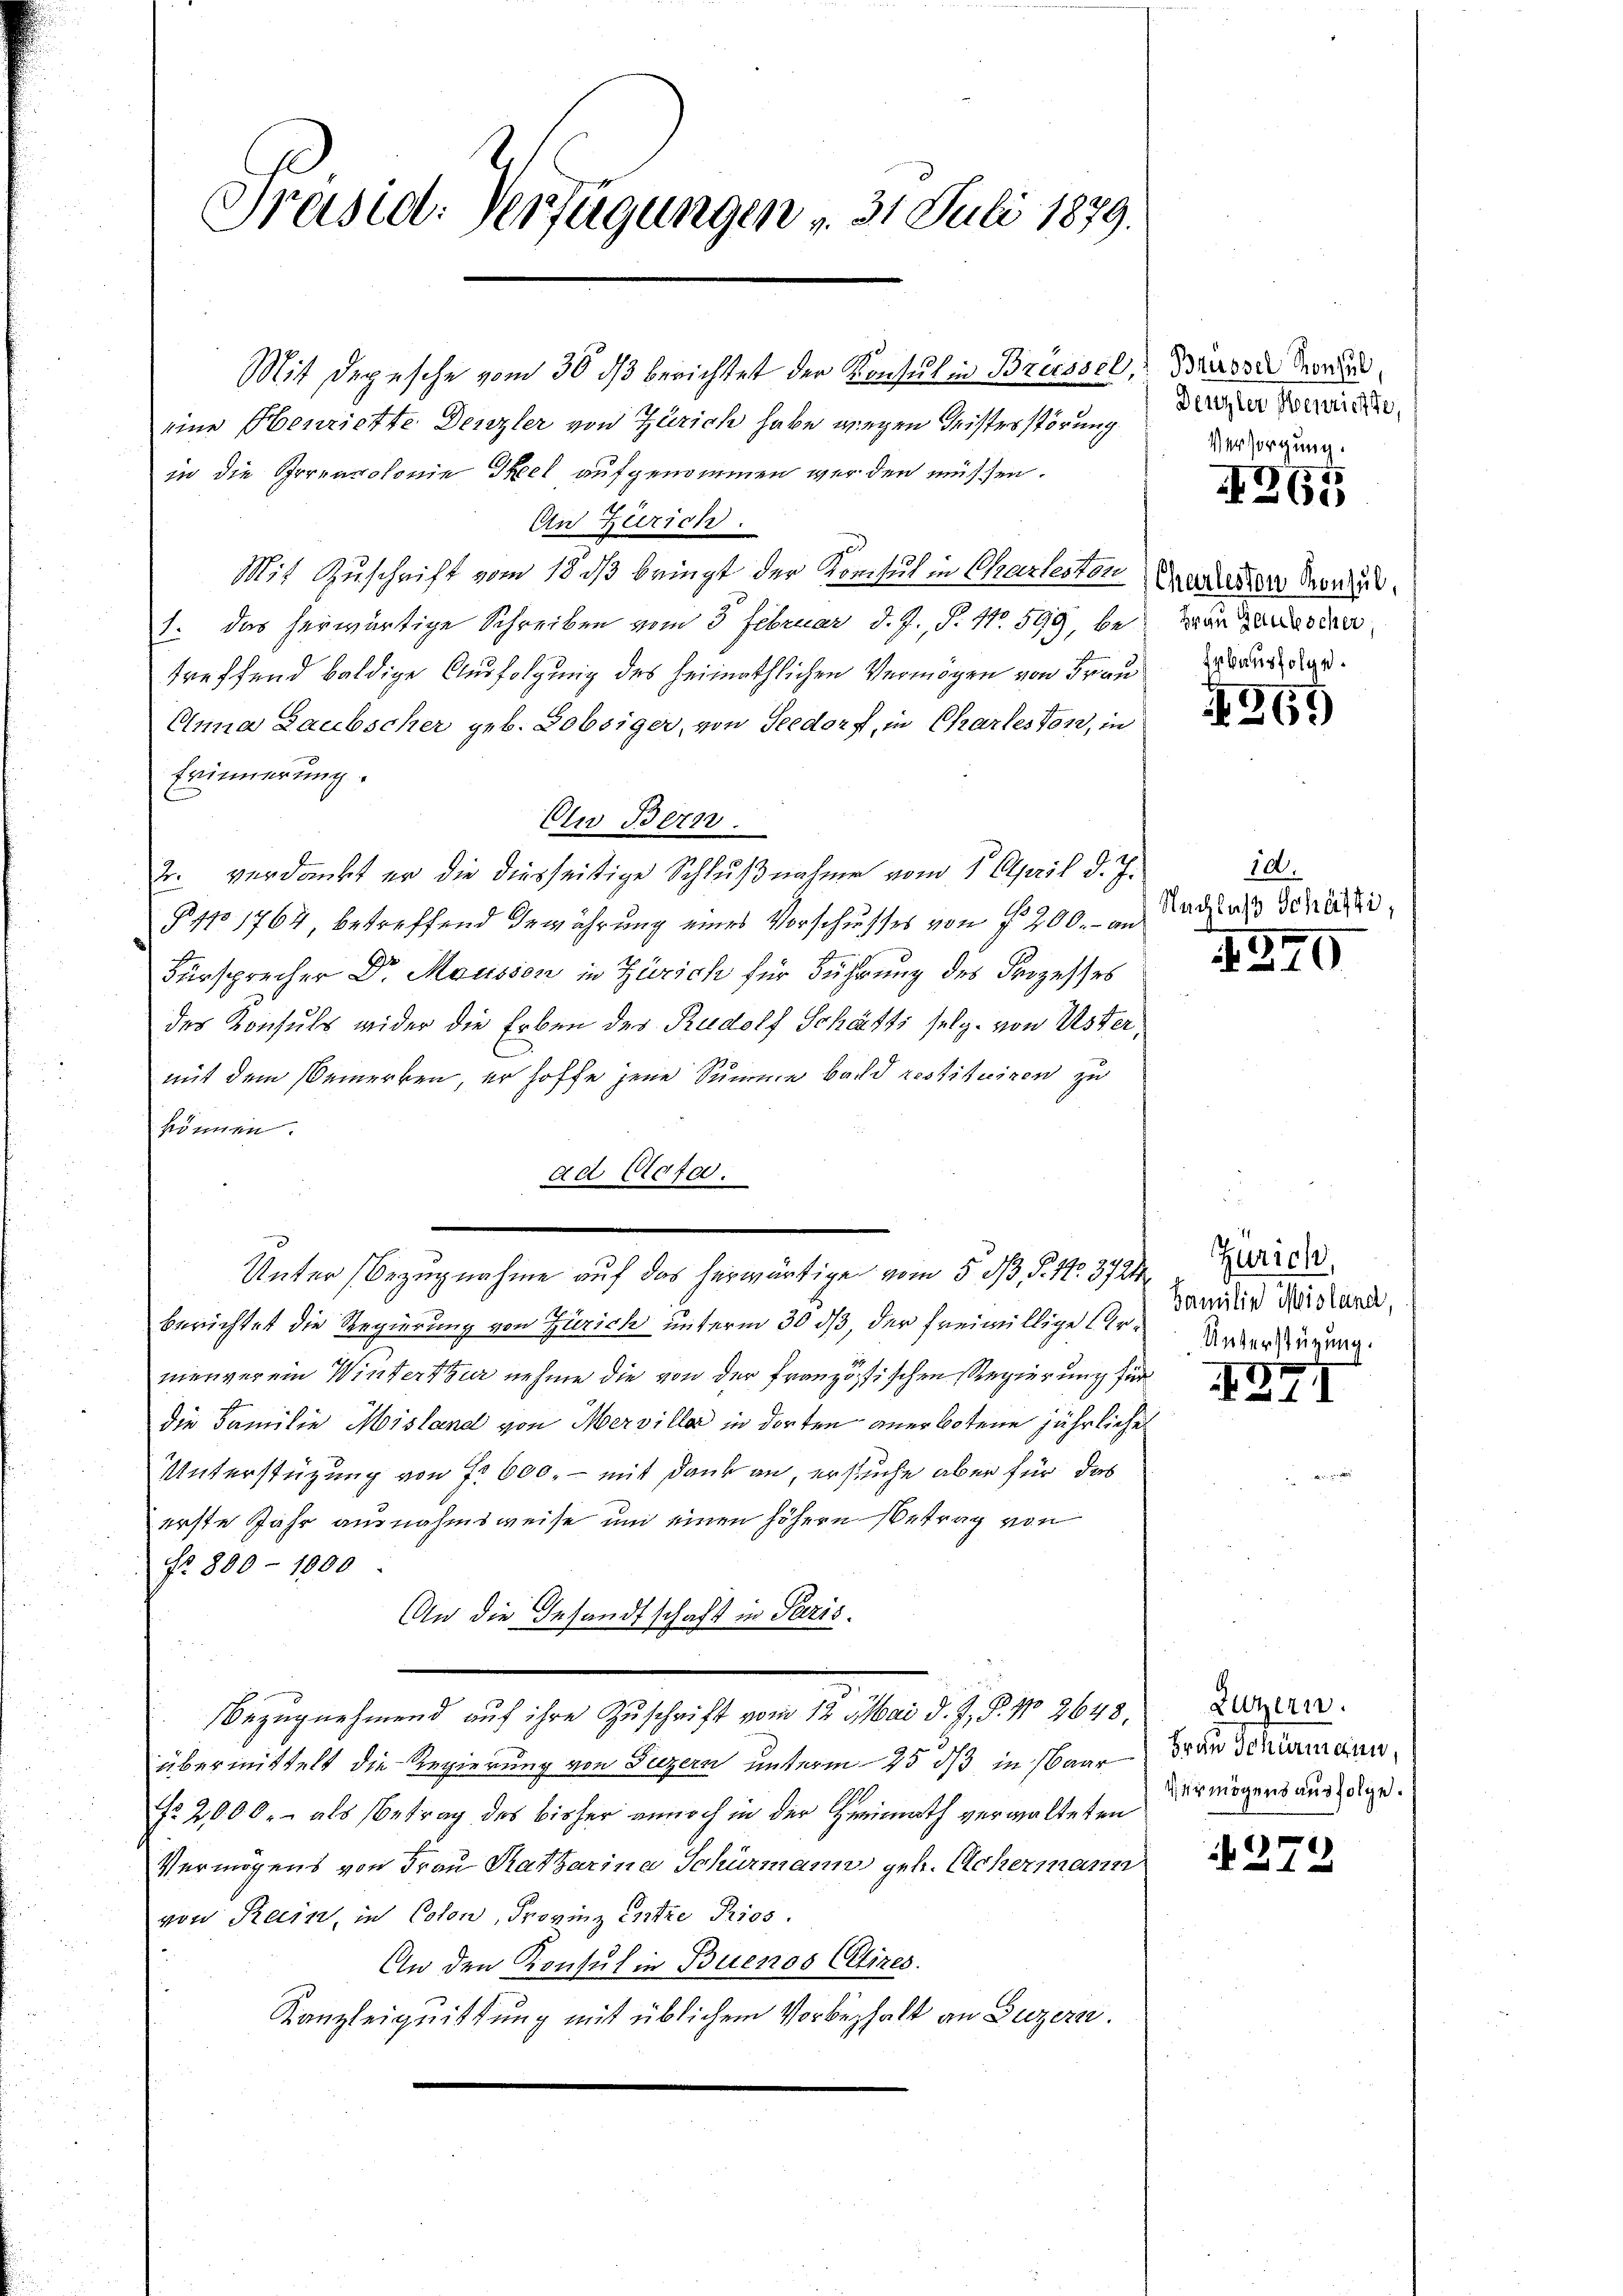
Präsid. Verfügungen v. 31. Juli 1879.

Mit Depesche vom 30 ds berichtet der Konsul in Brüssel,
eine Henriette Denzler von Zürich habe wegen Geisterstörung
in die Irrearolonie Skel aufgenommen werden müssen.
An Zürich.
Mit Zuschrift vom 18 dß bringt der Konsul in Charlesten Grenader Vorzu
1. Das herwärtige Schreiben vom 3 Februar d. J., S. No. 599, bevor Gesotter
treffend baldige Ausfolgung des heimathlichen Vermögen von Frau Werd¬
Enna Laubscher geb. Lobsiger, von Seedorf, in Charleston, in
Erinnerung
Aln Bern.
2. verdankt er die diesseitige Schlußnahme vom 1. April d. J.
§ 11 1764 betreffend Gewährung eines Vorschusses von § 200.- an
Fürsprecher Dr. Mousson in Zürich für Führung des Prozesses
des Konsuls wider die Erben des Rudolf Schäfts selg. von Uster,
mit dem Bemerken, er hoffe jene Summe bald restituiren zu
können.
ad Profe
Unter Bezugnahme auf das herwärtige vom 5. dß §. 17. 372.
berichtet die Regierung von Zürich unterm 30 ds, der freiwillige Ure Ueberfügung
menverein Winterthur nehme die von der französischen Regierung für
die Familie Moisland von Merviller in dorten anerbotene jährliches
Unterstützung von fr 600, – mit Dank an, ersuche aber für das
erste Jahr ausnahmsweise und einen höhern Betrag von
No. 800 - 1900
An die Gesandtschaft in Paris.
Bezugnehmend auf ihre Zuschrift vom 12. Mai d. J. P. No 2648.
übermittelt die Regierung von Luzern unterm 25 ds in Baar
No 2000. als Betrag des bisher annoch in der Heimath verwalteten
Vermögens von Frau Ratharina Schürmann geb. Achermann
von Rein, in Coton, Provinz entze Prios.
An den Konsul in Buenos (Etizes.
Kanzleignittung mit üblichem Vorbehalt an Luzern.

Brübsel Konsul,
Denzler Henrichte,
Versorgung.

265

2
N°. 261)

100.
Nachlaß Schäfti,

1240

Zürich,
Familie Meisland,

XXI

Luzern.
Frau Schiermann,
vermögens ausfolge.

272